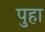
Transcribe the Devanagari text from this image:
पुहा